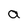
Character: a